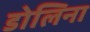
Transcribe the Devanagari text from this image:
डोलिना